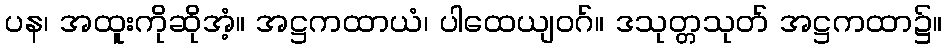
ပန၊ အထူးကိုဆိုအံ့။ အဋ္ဌကထာယံ၊ ပါထေယျဝဂ်။ ဒသုတ္တသုတ် အဋ္ဌကထာ၌။